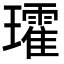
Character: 𭺑